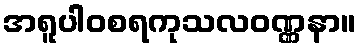
အရူပါဝစရကုသလဝဏ္ဏနာ။